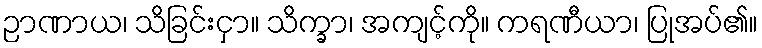
ဉာဏာယ၊ သိခြင်းငှာ။ သိက္ခာ၊ အကျင့်ကို။ ကရဏီယာ၊ ပြုအပ်၏။